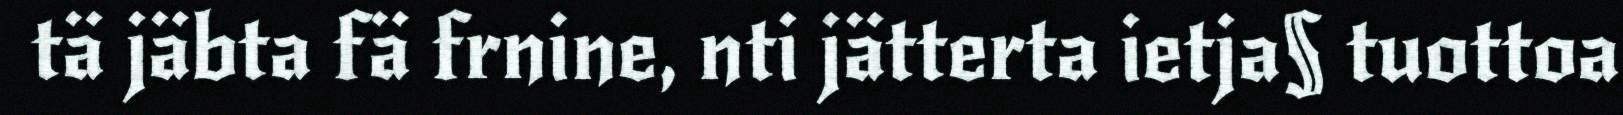
tä jäbta fä frnine, nti jätterta ietja§ tuottoa